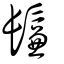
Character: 鬑